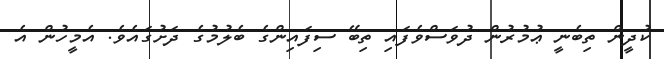
ކުދީން ތިބެނީ ޢުމުރުން ދުވަސްވެފައި ތިބޭ ސިފައިންގެ ބެލުމުގެ ދަށުގައެވެ. އެމީހުން އެ